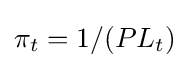
\pi _{t}=1/(PL_{t})